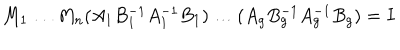
LaTeX: M _ { 1 } \ldots M _ { n } ( A _ { 1 } B _ { 1 } ^ { - 1 } A _ { 1 } ^ { - 1 } B _ { 1 } ) \ldots ( A _ { g } B _ { g } ^ { - 1 } A _ { g } ^ { - 1 } B _ { g } ) = I